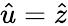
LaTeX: \hat{u}=\hat{z}